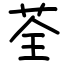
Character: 荃